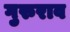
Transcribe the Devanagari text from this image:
गुरुराव